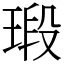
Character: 瑖